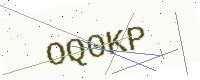
Text: OQ0KP